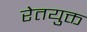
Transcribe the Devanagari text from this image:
रेतयुक्त